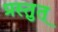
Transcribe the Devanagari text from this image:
प्रस्तुत्